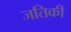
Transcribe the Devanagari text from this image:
जतिकी